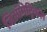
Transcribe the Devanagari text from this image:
जिऑमेट्रिकल